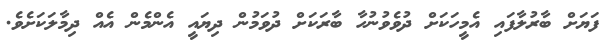
ފަޔަށް ބާރުލާފައި އެމީހަކަށް ދުވެވުނުހާ ބާރަކަށް ދުވަމުން ދިޔައީ އެންމެން އެއް ދިމާލަކަށެވެ.